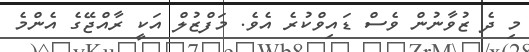
މި ދެ ޒުވާނުން ވެސް ޑައިވްކުރެ އެވެ. މަފްޒުލް އަކީ ރާއްޖޭގެ އެންމެ